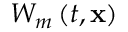
W _ { m } \left( t , \mathbf { x } \right)